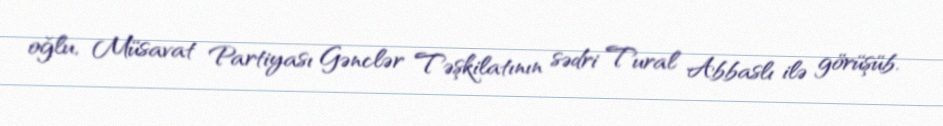
oğlu, Müsavat Partiyası Gənclər Təşkilatının sədri Tural Abbaslı ilə görüşüb.